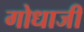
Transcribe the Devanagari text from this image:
गोधाजी